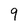
Character: 9